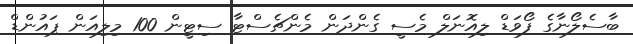
ބާސެލޯނާގެ ފޯވަޑް ލިއޮނަލް މެސީ ގެންދަން މެންޗެސްޓާ ސިޓީން 100 މިލިއަން ޕައުންޑް